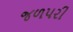
જળપરી